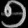
Digit: ၅